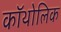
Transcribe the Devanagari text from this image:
कॉथोलिक